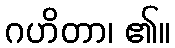
ဂဟိတာ၊ ၏။